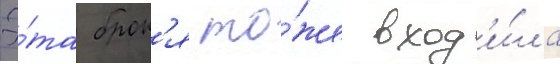
Э́та брон'я то́же вход'и́ла